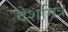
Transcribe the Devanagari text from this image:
देशमित्र